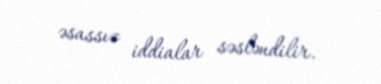
əsassız iddialar səsləndilir.